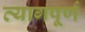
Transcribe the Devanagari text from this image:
त्यागपूर्ण